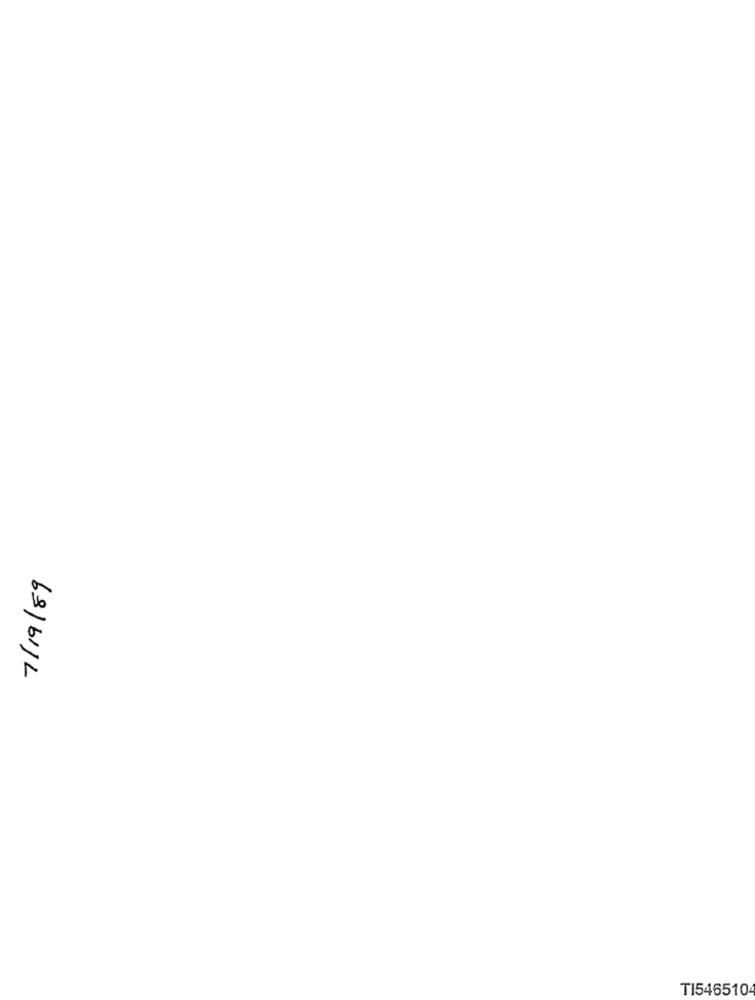
7/19/89
TI546510